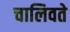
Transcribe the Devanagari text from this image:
चालिवते